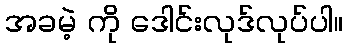
အခမဲ့ ကို ဒေါင်းလုဒ်လုပ်ပါ။